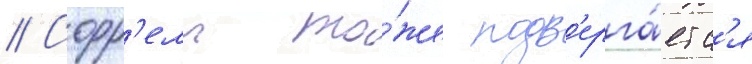
// Сорр'елл то́же подв'ерга́етс'я